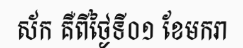
ស័ក គឺពីថ្ងៃទី០១ ខែមករា